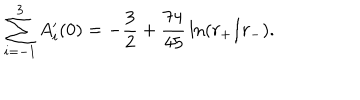
\sum _ { i = - 1 } ^ { 3 } A _ { i } ^ { \prime } ( 0 ) = - { \frac { 3 } { 2 } } + { \frac { 7 4 } { 4 5 } } \ln ( r _ { + } / r _ { - } ) .